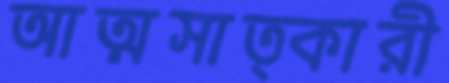
আত্মসাত্কারী